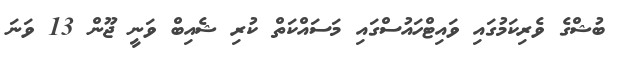
ބުޝްގެ ވެރިކަމުގައި ވައިޓްހައުސްގައި މަސައްކަތް ކުރި ޝެއިބް ވަނީ ޖޫން 13 ވަނަ